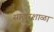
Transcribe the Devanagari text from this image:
साखरशाळा